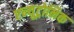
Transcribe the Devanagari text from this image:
एन्यूट्रोनिक